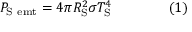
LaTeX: P _ { \mathrm { { S \ e m t } } } = 4 \pi R _ { \mathrm { { S } } } ^ { 2 } \sigma T _ { \mathrm { { S } } } ^ { 4 } \qquad \qquad ( 1 )